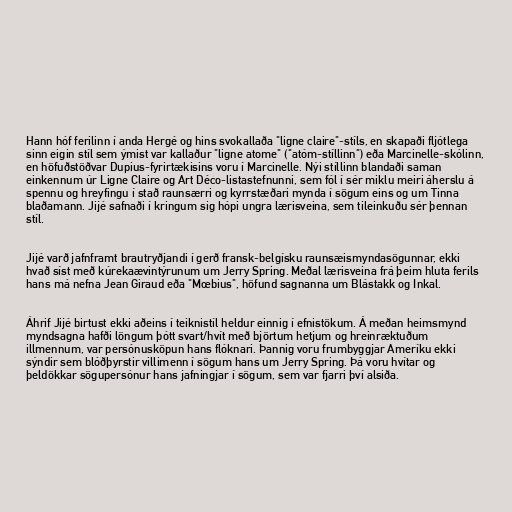
Hann hóf ferilinn í anda Hergé og hins svokallaða "ligne claire"-stíls, en skapaði fljótlega
sinn eigin stíl sem ýmist var kallaður "ligne atome" ("atóm-stíllinn") eða Marcinelle-skólinn,
en höfuðstöðvar Dupius-fyrirtækisins voru í Marcinelle. Nýi stíllinn blandaði saman
einkennum úr Ligne Claire og Art Déco-listastefnunni, sem fól í sér miklu meiri áherslu á
spennu og hreyfingu í stað raunsærri og kyrrstæðari mynda í sögum eins og um Tinna
blaðamann. Jijé safnaði í kringum sig hópi ungra lærisveina, sem tileinkuðu sér þennan
stíl.

Jijé varð jafnframt brautryðjandi í gerð fransk-belgísku raunsæismyndasögunnar, ekki
hvað síst með kúrekaævintýrunum um Jerry Spring. Meðal lærisveina frá þeim hluta ferils
hans má nefna Jean Giraud eða "Mœbius", höfund sagnanna um Blástakk og Inkal.

Áhrif Jijé birtust ekki aðeins í teiknistíl heldur einnig í efnistökum. Á meðan heimsmynd
myndsagna hafði löngum þótt svart/hvít með björtum hetjum og hreinræktuðum
illmennum, var persónusköpun hans flóknari. Þannig voru frumbyggjar Ameríku ekki
sýndir sem blóðþyrstir villimenn í sögum hans um Jerry Spring. Þá voru hvítar og
þeldökkar sögupersónur hans jafningjar í sögum, sem var fjarri því alsiða.